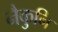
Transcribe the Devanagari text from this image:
नैकुनि